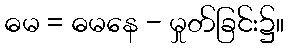
ဓမ = ဓမနေ - မှုတ်ခြင်း၌။